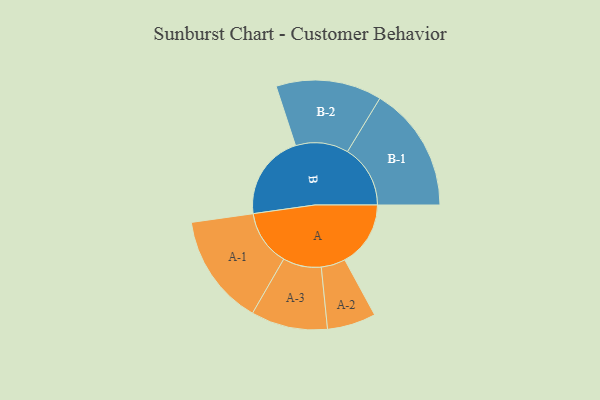
{"axis": {"x": "Segment", "y": "Value"}, "legend": ["", "A", "B"], "data": [{"x": "A", "y": 311, "type": ""}, {"x": "B", "y": 404, "type": ""}, {"x": "A-1", "y": 263, "type": "A"}, {"x": "A-2", "y": 115, "type": "A"}, {"x": "A-3", "y": 181, "type": "A"}, {"x": "B-1", "y": 297, "type": "B"}, {"x": "B-2", "y": 250, "type": "B"}]}